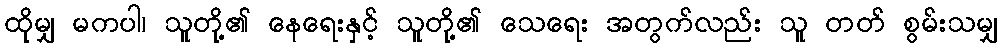
ထိုမျှ မကပါ၊ သူတို့၏ နေရေးနှင့် သူတို့၏ သေရေး အတွက်လည်း သူ တတ် စွမ်းသမျှ